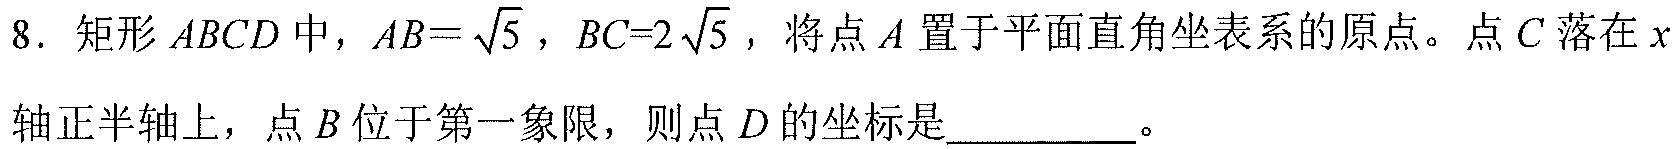
8. 矩形\(ABCD\)中，\(AB = \sqrt{5}\)，\(BC = 2\sqrt{5}\)，将点\(A\)置于平面直角坐表系的原点。点\(C\)落在\(x\)轴正半轴上，点\(B\)位于第一象限，则点\(D\)的坐标是  。